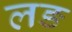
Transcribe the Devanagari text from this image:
लङ